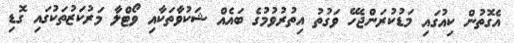
އެގޮތުން ކިއުގައި މަޑުކުރަންޖެހޭ ވަގުތު އިތުރުވުމުގެ ބައެއް ޝަކުވާތަކާއި ވޯޓްލާ މަރުކަޒުތަކުގައި ގޮޑި